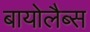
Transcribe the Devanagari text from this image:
बायोलैब्स